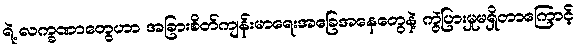
ရဲ့ လက္ခဏာတွေဟာ အခြားစိတ်ကျန်းမာရေးအခြေအနေတွေနဲ့ ကွဲပြားမှုမရှိတာကြောင့်